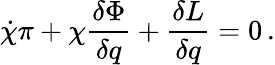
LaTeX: \dot{\chi}\pi+\chi{\frac{\delta\Phi}{\delta q}}+{\frac{\delta L}{\delta q}}=0\, .